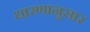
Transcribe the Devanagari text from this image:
धारणानुसार